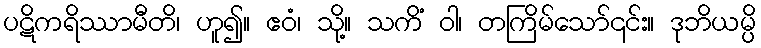
ပဋိကရိဿာမီတိ၊ ဟူ၍။ ဧဝံ၊ သို့။ သကိံ ဝါ၊ တကြိမ်သော်၎င်း။ ဒုဘိယမ္ပိ